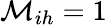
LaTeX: \mathcal{M}_{ih}=1